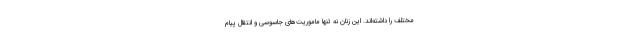
مختلف را داشته‌اند. این زنان نه تنها ماموریت‌های جاسوسی و انتقال پیام